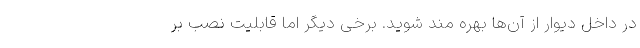
در داخل دیوار از آن­ها بهره­ مند شوید. برخی دیگر اما قابلیت نصب بر